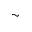
\sim